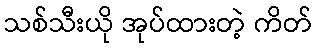
သစ်သီးယို အုပ်ထားတဲ့ ကိတ်